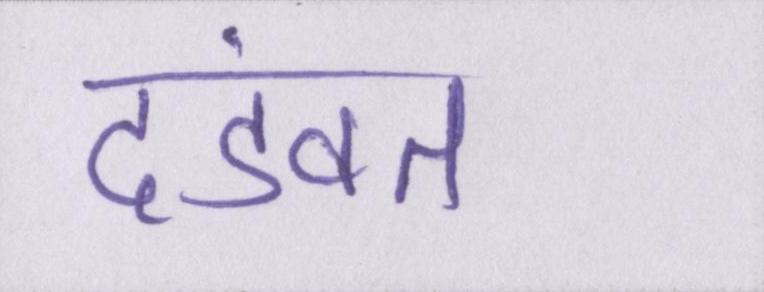
दंडवत